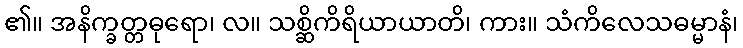
၏။ အနိက္ခတ္တဓုရော၊ လ။ သစ္ဆိကိရိယာယာတိ၊ ကား။ သံကိလေသဓမ္မာနံ၊